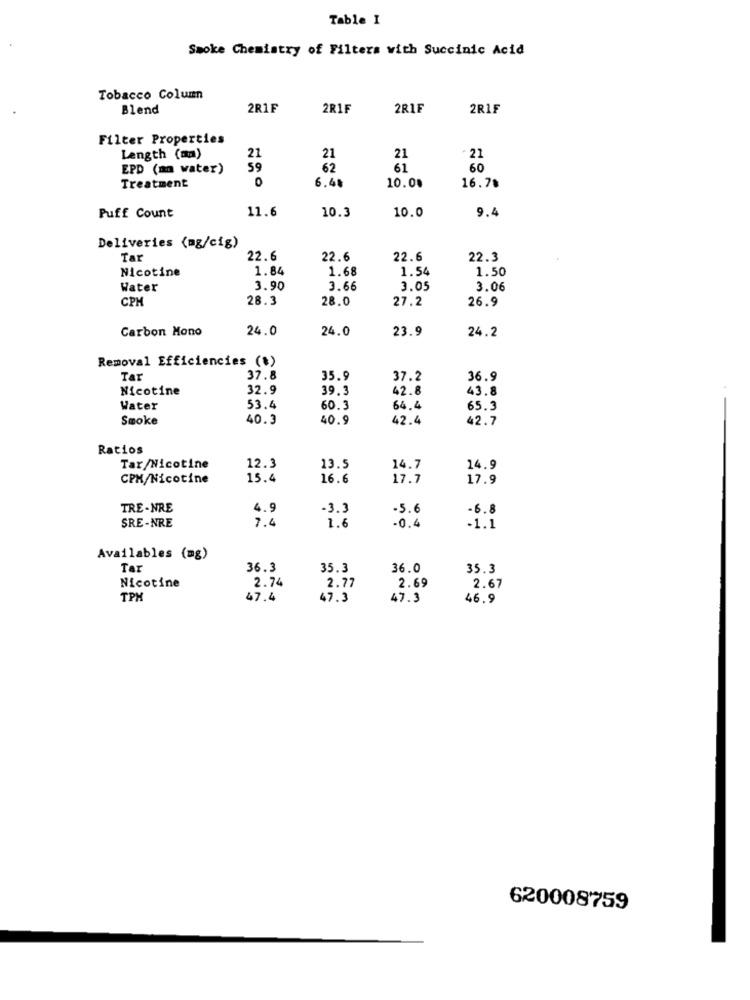
Table I
Smoke Chemistry of Filters with Succinic Acid
Tobacco Column
Blend
2R1F
2R1F
2R1F
2RIF
Filter Properties
21
Length (mm)
21
21
21
EPD (mm water)
59
62
61
60
O
Treatment
6.48
10.00
16.78
11.6
10.0
9.4
Puff Count
10.3
Deliveries (mg/cig)
Tar
22.6
22.6
22.6
22.3
Nicotine
1.84
1.68
1.54
1.50
Water
3.90
3.66
3.05
3.06
CPH
28.3
28.0
27.2
26.9
Carbon Mono
24.0
24.0
23.9
24.2
Removal Efficiencies (#)
Tar
37.8
35.9
37.2
36.9
Nicotine
32.9
39.3
42.8
43.8
Water
53.4
60.3
64.4
65.3
Smoke
40.3
40.9
42.4
42.7
Ratios
Tar/Nicotine
12.3
13.5
14.7
14.9
CPM/Nicotine
15.4
16.6
17.7
17.9
TRE-NRE
4.9
-3.3
-5.6
-6.8
7.4
SRE-NRE
1.6
-0.4
-1.1
Availables (mg)
for
36.3
35.3
36.0
35.3
2.74
2.77
Nicotine
2.69
2.67
TPH
47.4
47.3
47.3
46.9
620008759